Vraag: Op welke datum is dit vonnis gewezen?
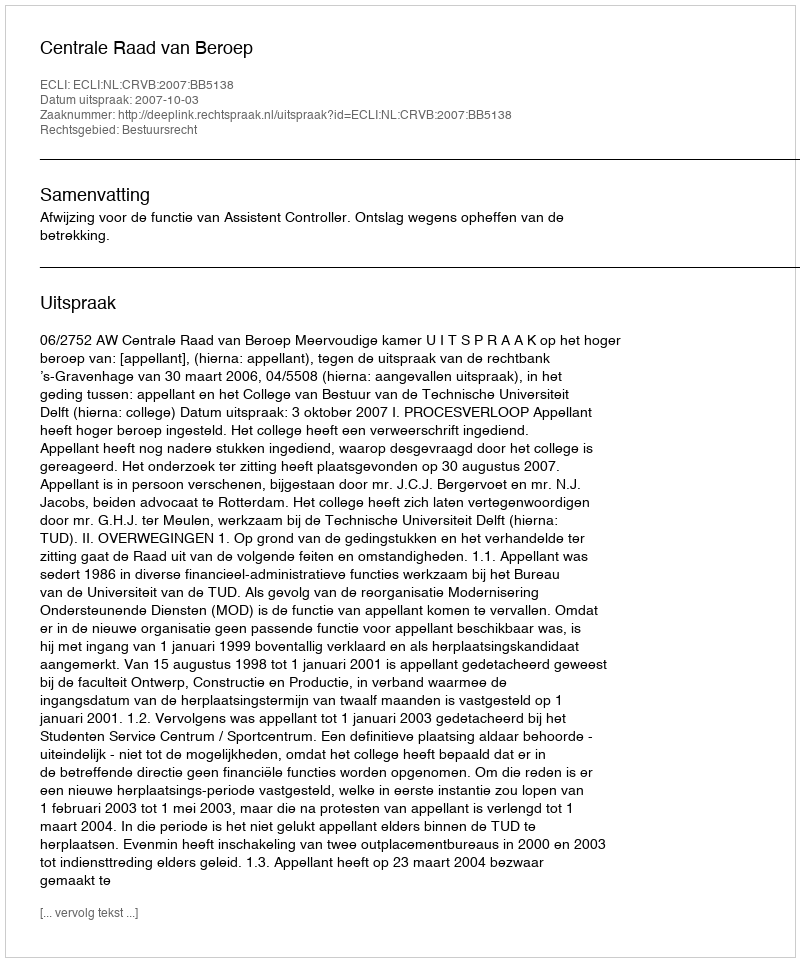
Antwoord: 2007-10-03